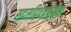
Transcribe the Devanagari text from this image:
सदसद्विवेकबुद्धीला